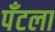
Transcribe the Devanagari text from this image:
पँटला